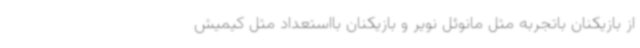
از بازیکنان باتجربه مثل مانوئل نویر و بازیکنان بااستعداد مثل کیمیش